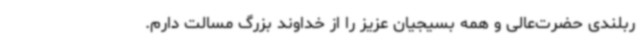
ربلندی حضرت‌عالی و همه بسیجیان عزیز را از خداوند بزرگ مسالت دارم.